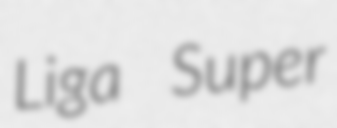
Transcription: Liga Super